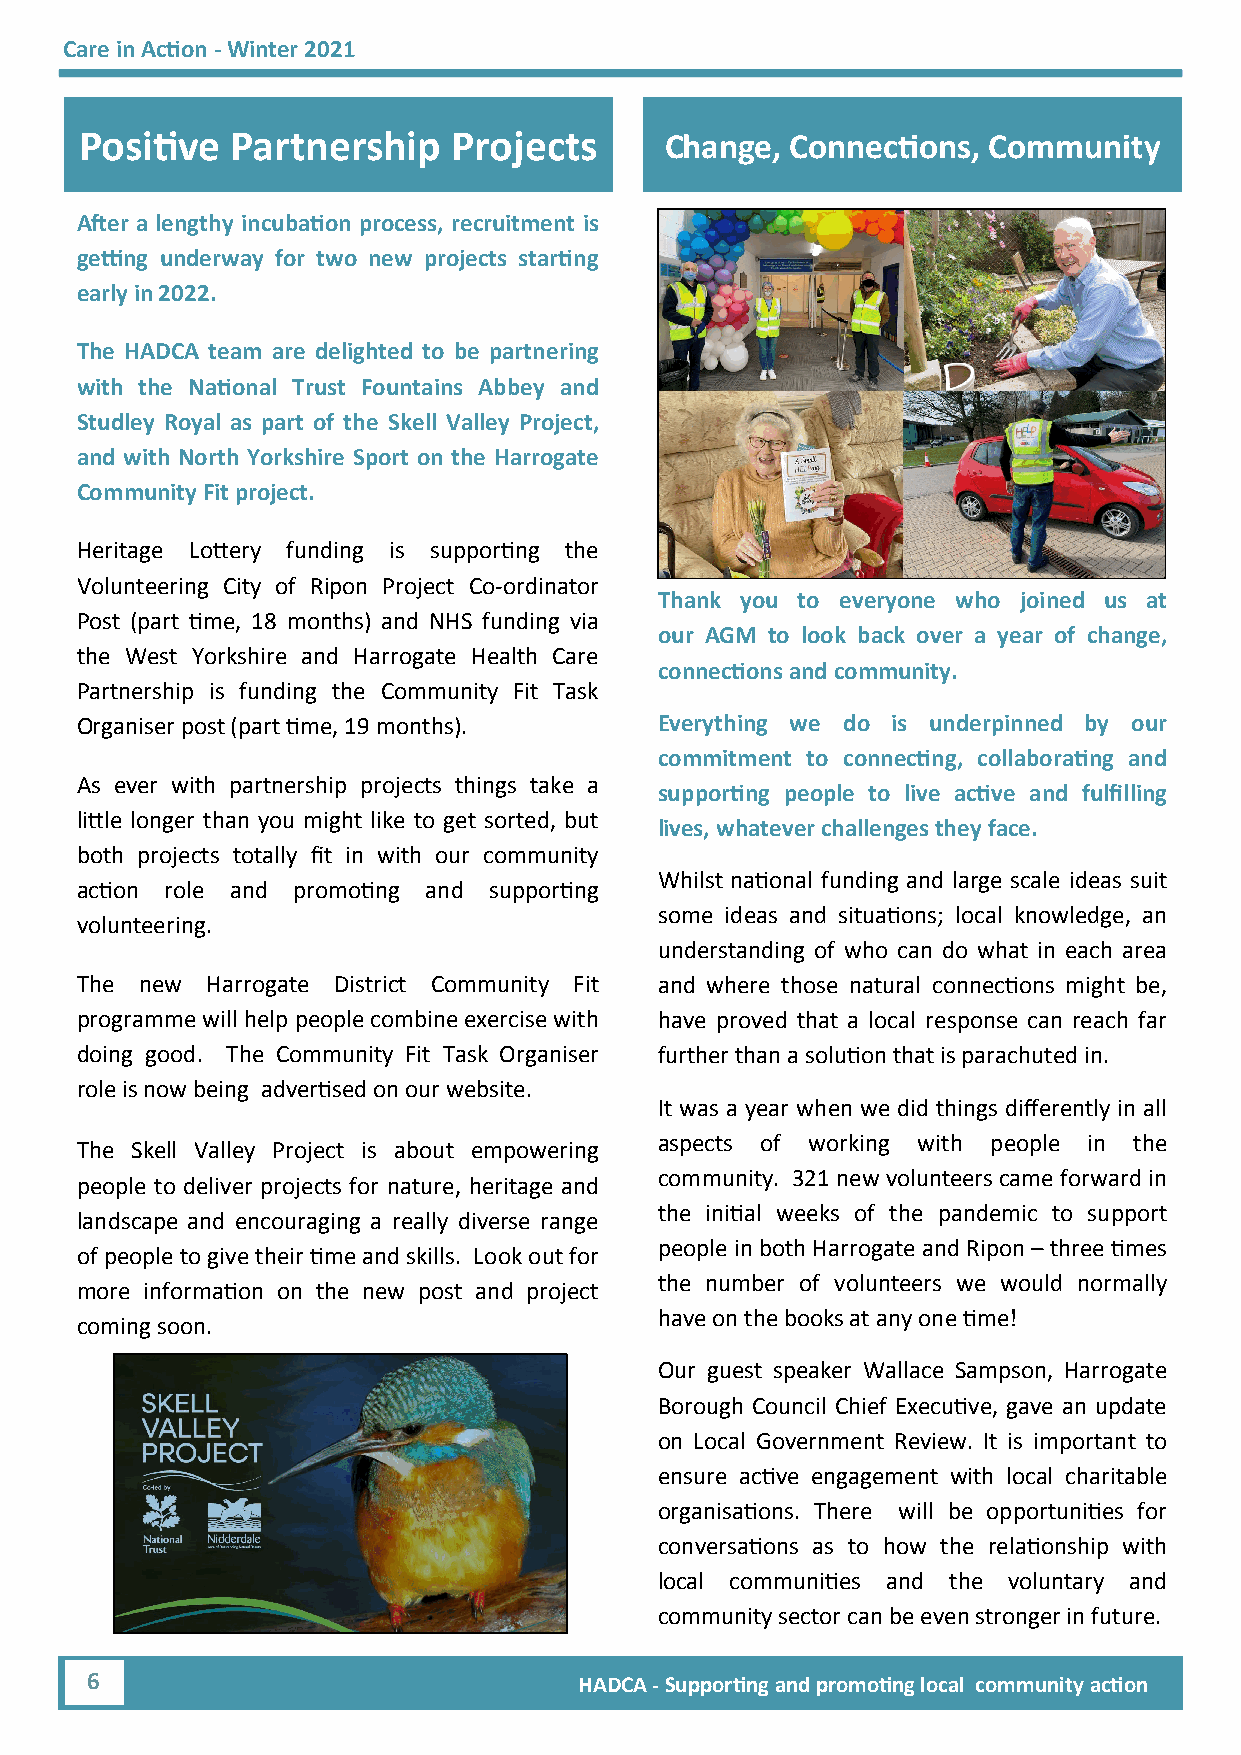
Care in Action - Winter 2021
 Positive  Partnership    Projects      Change, Connections, Community
 After a lengthy incubation process, recruitment is
 getting underway for two new projects starting
 early in 2022.
 The HADCA team are delighted to be partnering
 with the National Trust Fountains Abbey and
 Studley Royal as part of the Skell Valley Project,
 and with North Yorkshire Sport on the Harrogate
 Community Fit project.
 Heritage Lottery funding is supporting the
 Volunteering City of Ripon Project Co-ordinator
 Thank you to everyone who joined us at
 Post (part time, 18 months) and NHS funding via
 our AGM to look back over a year of change,
 the West Yorkshire and Harrogate Health Care
 connections and community.
 Partnership is funding the Community Fit Task
 Organiser post (part time, 19 months). Everything we do is underpinned by our
 commitment to connecting, collaborating and
 As ever with partnership projects things take a
 supporting people to live active and fulfilling
 little longer than you might like to get sorted, but
 lives, whatever challenges they face.
 both projects totally fit in with our community
 Whilst national funding and large scale ideas suit
 action role and promoting and supporting
 some ideas and situations; local knowledge, an
 volunteering.
 understanding of who can do what in each area
 The new  Harrogate District Community Fit and where those natural connections might be,
 programme will help people combine exercise with have proved that a local response can reach far
 doing good. The Community Fit Task Organiser further than a solution that is parachuted in.
 role is now being advertised on our website.
 It was a year when we did things differently in all
 aspects of working with people in the
 The Skell Valley Project is about empowering
 community. 321 new volunteers came forward in
 people to deliver projects for nature, heritage and
 the initial weeks of the pandemic to support
 landscape and encouraging a really diverse range
 people in both Harrogate and Ripon – three times
 of people to give their time and skills. Look out for
 the number of volunteers we would normally
 more information on the new post and project
 have on the books at any one time!
 coming soon.
 Our guest speaker Wallace Sampson, Harrogate
 Borough Council Chief Executive, gave an update
 on Local Government Review. It is important to
 ensure active engagement with local charitable
 organisations. There will be opportunities for
 conversations as to how the relationship with
 local communities and the voluntary and
 community sector can be even stronger in future.
 6                               HADCA - Supporting and promoting local community action